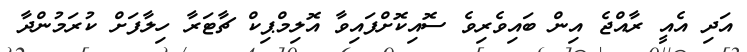
އަދި އެއީ ރާއްޖެ އިން ބައިވެރިވެ ސޮއިކޮށްފައިވާ އޮލިމްޕިކް ޗާޓަރާ ހިލާފަށް ކުރަމުންދާ